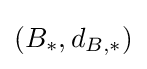
(B_{*},d_{B,*})